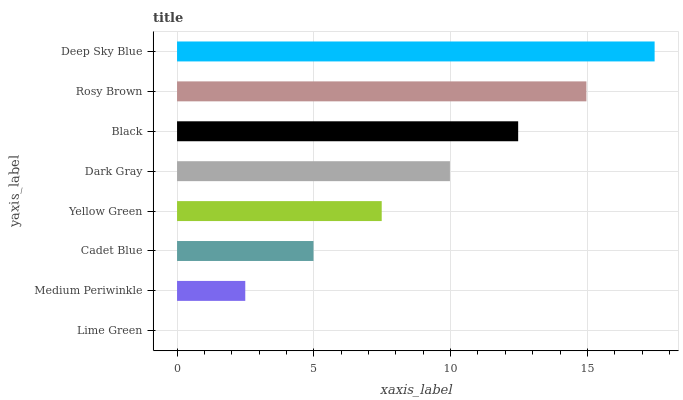
| yaxis_label | bars |
 | --- | --- |
 | Lime Green | 0 |
 | Medium Periwinkle | 2.49 |
 | Cadet Blue | 4.99 |
 | Yellow Green | 7.48 |
 | Dark Gray | 9.98 |
 | Black | 12.5 |
 | Rosy Brown | 15 |
 | Deep Sky Blue | 17.5 |